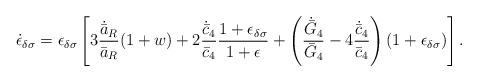
LaTeX: \begin{align*}\dot{\epsilon}_{\delta\sigma}=\epsilon_{\delta\sigma}\left[3{\dot{\bar{a}}_R\over\bar{a}_R}(1+w)+2{\dot{\bar{c}}_4\over\bar{c}_4}{{1+\epsilon_{\delta\sigma}}\over{1+\epsilon}}+\left({\dot{\bar{G}}_4\over\bar{G}_4}-4{\dot{\bar{c}}_4\over\bar{c}_4}\right)(1+\epsilon_{\delta\sigma})\right].\end{align*}